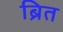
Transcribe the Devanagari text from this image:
ब्रित